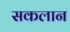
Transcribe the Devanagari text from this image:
सकलान